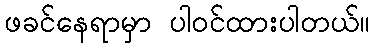
ဖခင်နေရာမှာ ပါဝင်ထားပါတယ်။